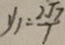
y _ { 1 } = \frac { 2 \sqrt { 7 } } { 7 }